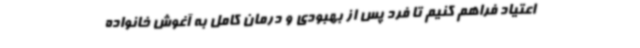
اعتیاد فراهم کنیم تا فرد پس از بهبودی و درمان کامل به آغوش خانواده